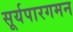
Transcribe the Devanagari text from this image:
सूर्यपारगमन